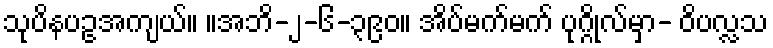
သုပိနပဥအကျယ်။ ။အဘိ-၂-၆-၃၉၀။ အိပ်မက်မက် ပုဂ္ဂိုလ်မှာ- ဝိပလ္လသ